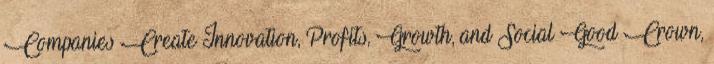
Companies Create Innovation, Profits, Growth, and Social Good Crown,